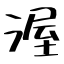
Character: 渥